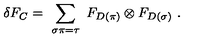
\delta F _ { C } = \ \sum _ { \sigma \pi = \tau } \ F _ { D ( \pi ) } \otimes F _ { D ( \sigma ) } \ .